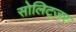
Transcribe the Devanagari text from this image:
सोलिट्जर